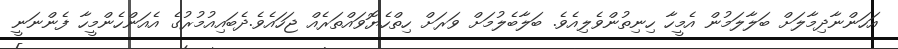
އަހަންނާދިމާލަށް ބަލާލަމުން އެމީހާ ހިނިތުންވެލިއެވެ. ބަލާބެލުމަށް ވަރަށް ހިތްހެޔޮވައްތަރެއް ޖަހައެވެ.ދެބައިއުމުރުގެ އެއަންހެންމީހާ ފެންނަނީ